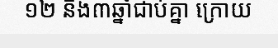
១២ និង៣ឆ្នាំជាប់គ្នា ក្រោយ